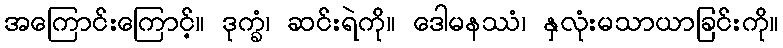
အကြောင်းကြောင့်။ ဒုက္ခံ၊ ဆင်းရဲကို။ ဒေါမနဿံ၊ နှလုံးမသာယာခြင်းကို။